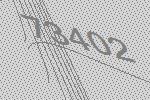
73402